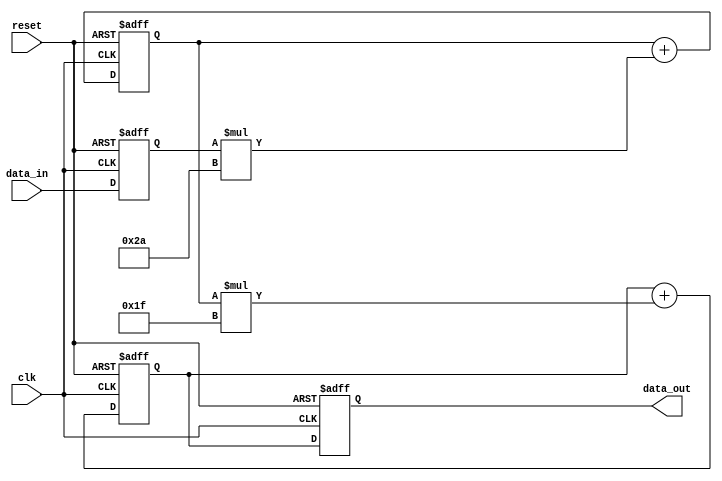
module iir_filter (
    input clk, // clock input
    input reset, // reset input
    input [7:0] data_in, // input data sample
    output reg [15:0] data_out // filtered output data
);

// Define filter coefficients
parameter coeff1 = 8'h2A;
parameter coeff2 = 8'h1F;

// Define internal registers
reg [15:0] stage1_out, stage2_out; // output values of each stage
reg [7:0] data_delayed; // delayed input data sample

always @ (posedge clk or posedge reset) begin
    if (reset) begin
        stage1_out <= 0;
        stage2_out <= 0;
        data_delayed <= 0;
        data_out <= 0;
    end else begin
        // Stage 1 processing
        stage1_out <= stage1_out + (data_delayed * coeff1);

        // Stage 2 processing
        stage2_out <= stage2_out + (stage1_out * coeff2);

        // Update delayed input data sample
        data_delayed <= data_in;

        // Accumulate outputs to produce final output
        data_out <= stage2_out;
    end
end

endmodule